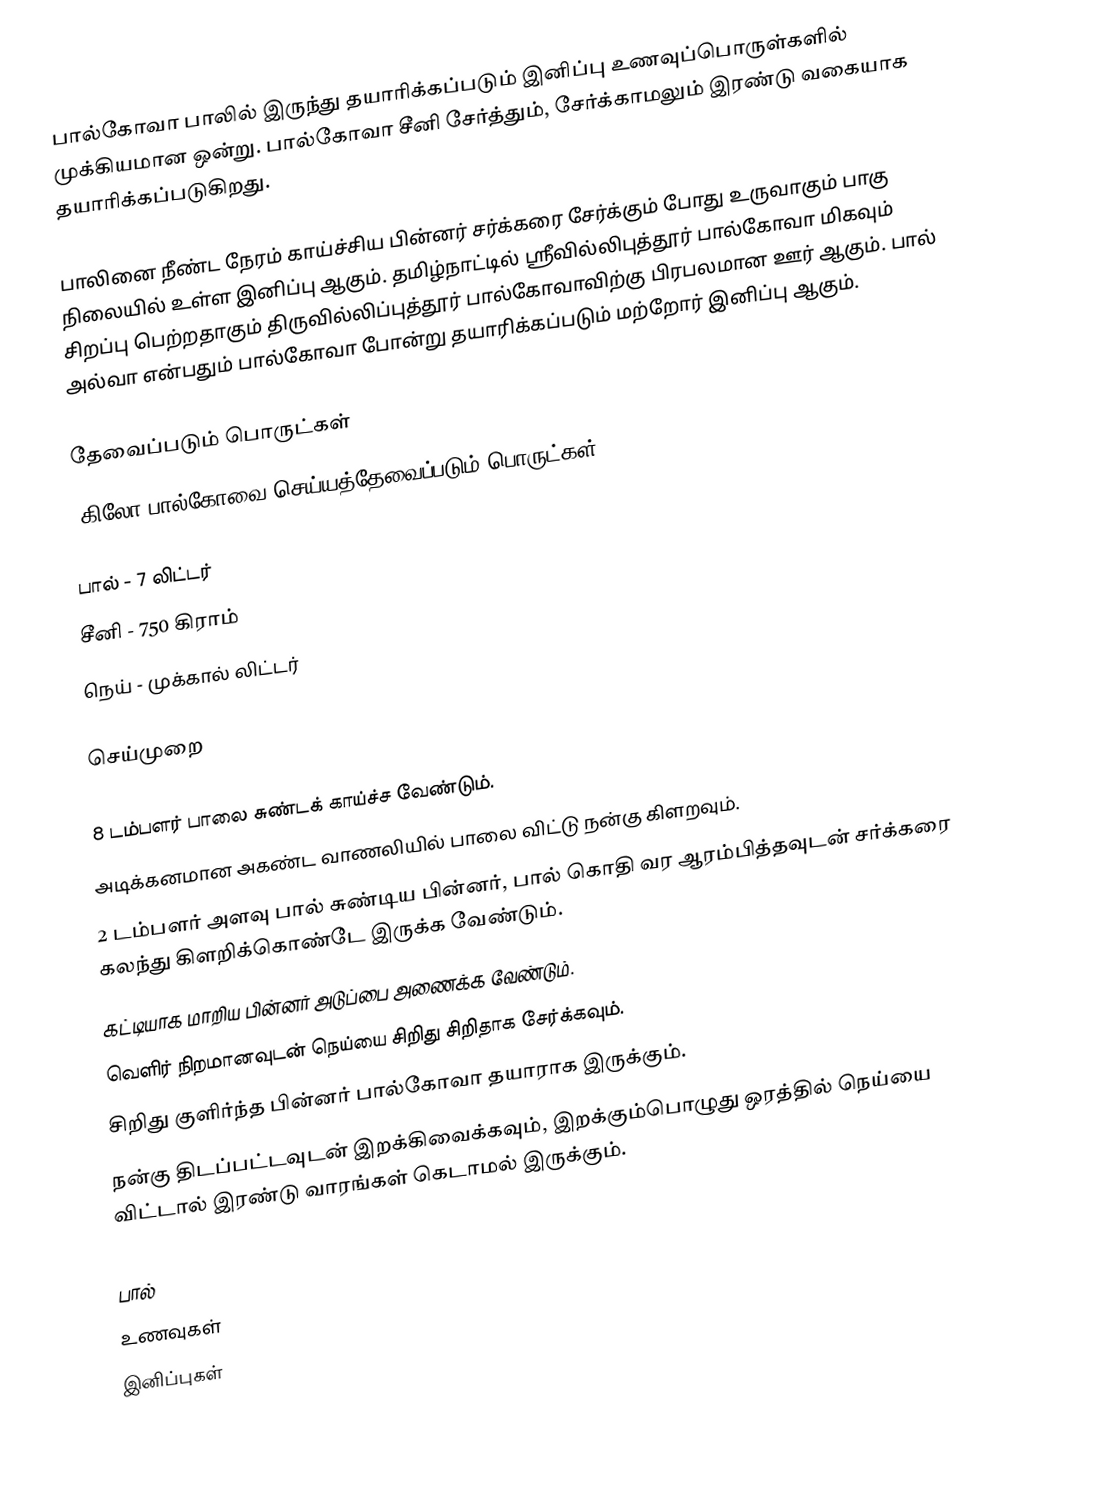
பால்கோவா பாலில் இருந்து தயாரிக்கப்படும் இனிப்பு  உணவுப்பொருள்களில் முக்கியமான ஒன்று. பால்கோவா சீனி சேர்த்தும், சேர்க்காமலும் இரண்டு வகையாக தயாரிக்கப்படுகிறது.

பாலினை நீண்ட நேரம் காய்ச்சிய பின்னர் சர்க்கரை சேர்க்கும் போது உருவாகும் பாகு நிலையில் உள்ள இனிப்பு ஆகும். தமிழ்நாட்டில் ஸ்ரீவில்லிபுத்தூர் பால்கோவா மிகவும் சிறப்பு பெற்றதாகும் திருவில்லிப்புத்தூர் பால்கோவாவிற்கு பிரபலமான ஊர் ஆகும். பால் அல்வா என்பதும் பால்கோவா போன்று தயாரிக்கப்படும் மற்றோர் இனிப்பு ஆகும்.

தேவைப்படும் பொருட்கள்
1கிலோ பால்கோவை செய்யத்தேவைப்படும் பொருட்கள்:

 பால் - 7 லிட்டர்
 சீனி - 750 கிராம்
 நெய் - முக்கால் லிட்டர்

செய்முறை

 8 டம்பளர் பாலை சுண்டக் காய்ச்ச வேண்டும்.
 அடிக்கனமான அகண்ட வாணலியில் பாலை விட்டு நன்கு கிளறவும்.
 2 டம்பளர் அளவு பால் சுண்டிய பின்னர், பால் கொதி வர ஆரம்பித்தவுடன் சர்க்கரை கலந்து கிளறிக்கொண்டே இருக்க வேண்டும்.
 கட்டியாக மாறிய பின்னர் அடுப்பை அணைக்க வேண்டும்.
 வெளிர் நிறமானவுடன் நெய்யை சிறிது சிறிதாக சேர்க்கவும்.
 சிறிது குளிர்ந்த பின்னர் பால்கோவா தயாராக இருக்கும்.
 நன்கு திடப்பட்டவுடன் இறக்கிவைக்கவும், இறக்கும்பொழுது ஒரத்தில் நெய்யை விட்டால் இரண்டு வாரங்கள் கெடாமல் இருக்கும்.

பால்
உணவுகள்
இனிப்புகள்